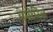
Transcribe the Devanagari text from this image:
मेमोरिल